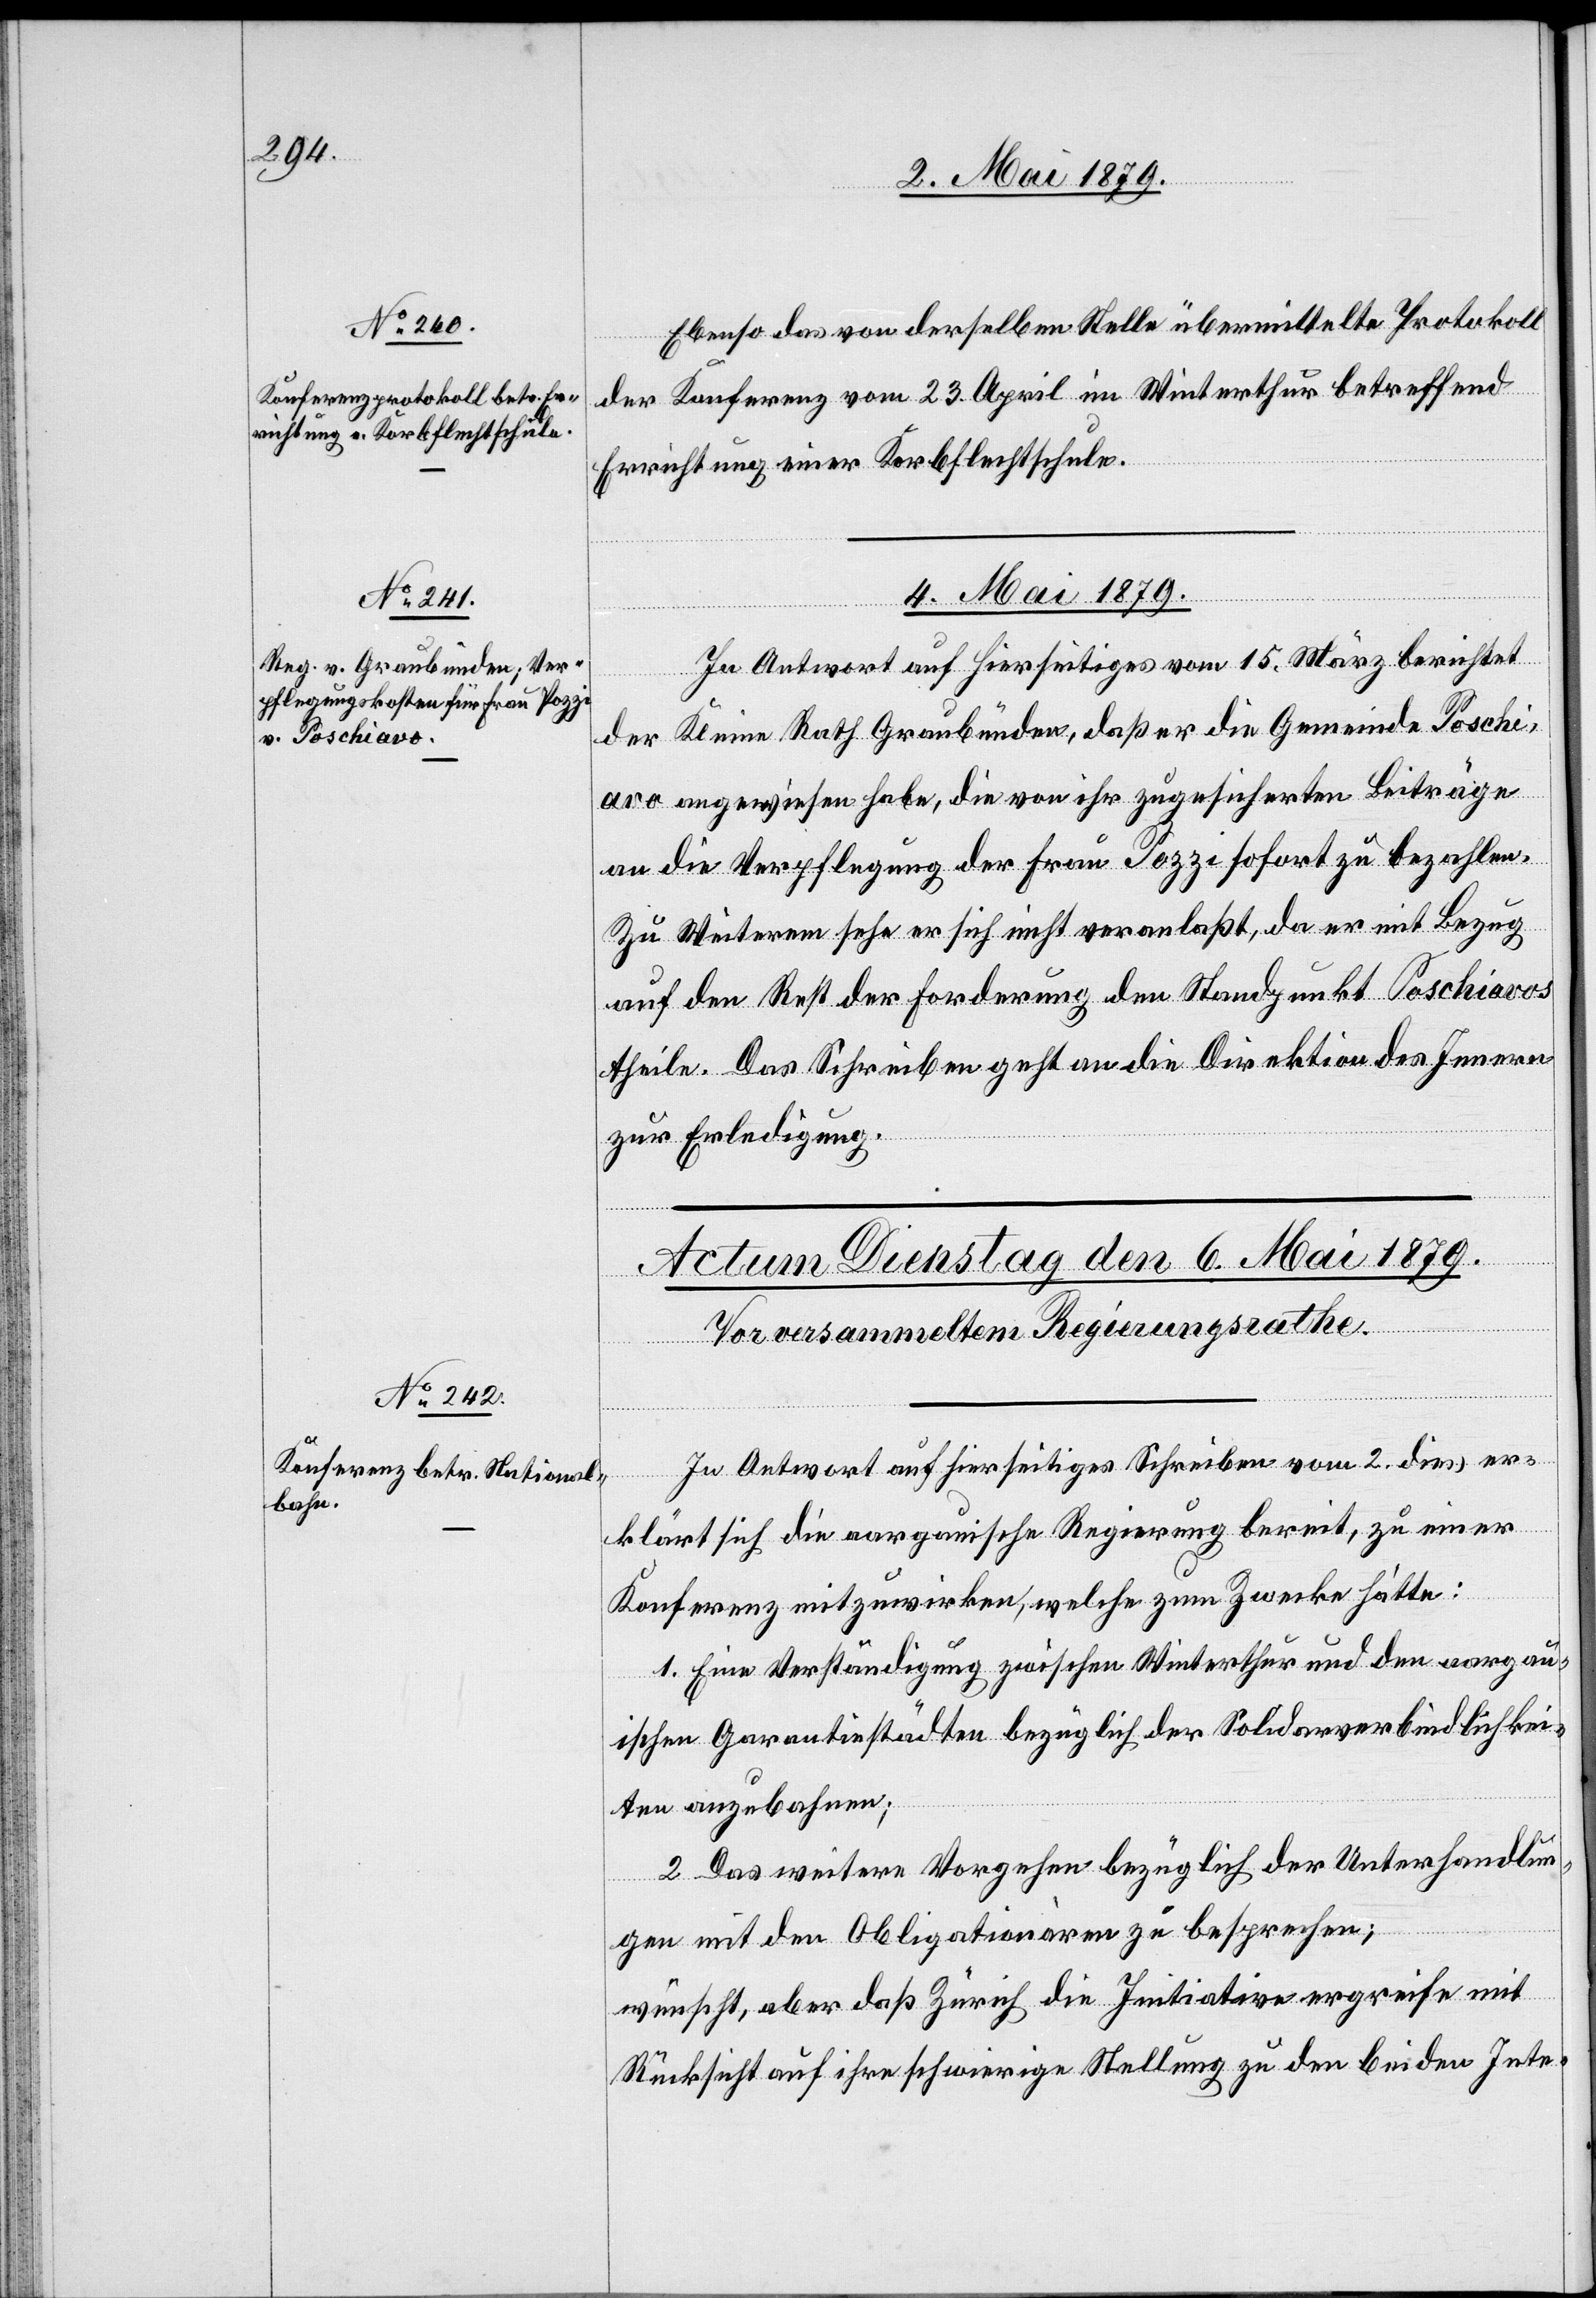
2. Mai 1879.]
Ebenso das von derselben Stelle übermittelte Protokoll
der Konferenz vom 23. April in Winterthur betreffend
Errichtung einer Korbflechtschule.
4. Mai 1879.
In Antwort auf Hierseitiges vom 15. März berichtet
der Kleine Rath Graubünden, daß er die Gemeinde Poschi¬
avo angewiesen habe, die von ihr zugesicherten Beiträge
an die Verpflegung der Frau Pozzi sofort zu bezahlen.
Zu Weiterem sehe er sich nicht veranlaßt, da er mit Bezug
auf den Rest der Forderung den Standpunkt Poschiavos
theile. Das Schreiben geht an die Direktion des Innern
zur Erledigung.
In Antwort auf hierseitiges Schreiben vom 2. dies er¬
klärt sich die aargauische Regierung bereit, zu einer
Konferenz mitzuwirken, welche zum Zwecke hätte:
1. Eine Verständigung zwischen Winterthur und den aargau¬
ischen Garantiestädten bezüglich der Solidarverbindlichkei¬
ten anzubahnen;
2. Das weitere Vorgehen bezüglich der Unterhandlun¬
gen mit den Obligationären zu besprechen;
wünscht, aber daß Zürich die Initiative ergreife mit
Rücksicht auf ihre schwierige Stellung zu den beiden Inte-